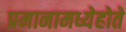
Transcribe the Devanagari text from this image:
प्रमानामध्येहोते